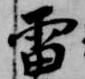
雷